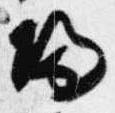
帰